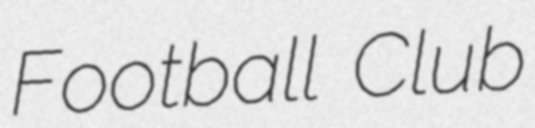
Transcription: Football Club